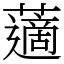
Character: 藡